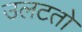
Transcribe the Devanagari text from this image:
उलटतो